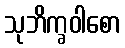
သုဘိက္ခဝါစော